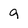
Character: 9